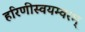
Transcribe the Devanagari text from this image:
हरिणीस्वयम्वरम्